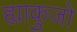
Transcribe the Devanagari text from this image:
ह्याकुजो